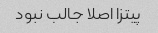
پیتزا اصلا جالب نبود